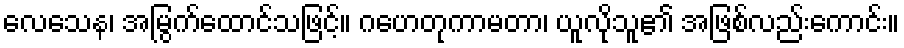
လေသေန၊ အမြွက်ထောင်သဖြင့်။ ဂဟေတုကာမတာ၊ ယူလိုသူ၏ အဖြစ်လည်းကောင်း။